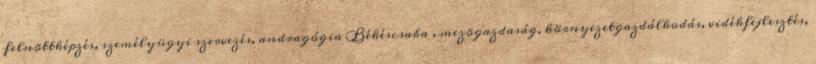
felnõttképzés, személyügyi szervezés, andragógia Békéscsaba , mezõgazdaság, környezetgazdálkodás, vidékfejlesztés,